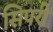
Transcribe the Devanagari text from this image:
सिपरी